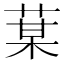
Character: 𦳑